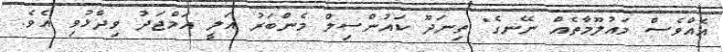
އެއްވެސް މައުލޫމާތެއް ނޭނގެ" ތިނަދޫ ކައުންސިލް މެންބަރު އަލީ އަމްޖަދު ވިދާޅުވި އެވެ.